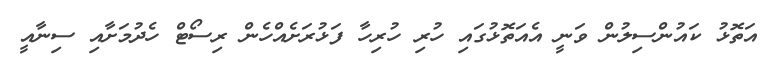
އަތޮޅު ކައުންސިލުން ވަނީ އެއަތޮޅުގައި ހުރި ހުރިހާ ފަޅުރަށެއްހެން ރިސޯޓް ހެދުމަށާއި ސިނާއީ